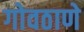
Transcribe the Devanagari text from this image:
गोवठाणे